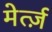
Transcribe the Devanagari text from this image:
मेर्त्ज़